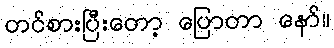
တင်စားပြီးတော့ ပြောတာ နော်။